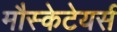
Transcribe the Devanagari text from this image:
मौस्केटेयर्स